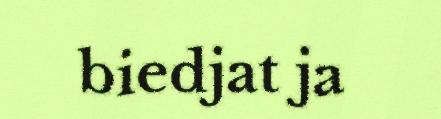
biedjat ja